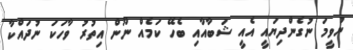
ނުވީމަ ނުގެންދިޔައީ އެއީ ޝަބާއާއި ބެހޭ ކަމެއް ނޫން އިތުރު ވާހަކަ ނުދައްކާ